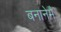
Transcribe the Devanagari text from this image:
बनानेमैं